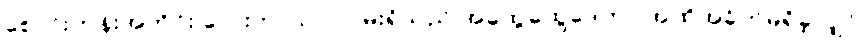
စောင်းတန်းအတိုင်း လေးဘာသာ လမ်းရှိသည် အထွေထွေဒေတာ အထိအခိုက်မရှိခဲ့လျှင်